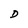
Character: D